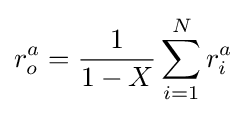
r_{o}^{a}={1 \over 1-X}\sum _{i=1}^{N}r_{i}^{a}